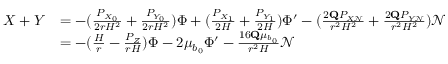
\begin{array} { r l } { X + Y } & { = - ( \frac { P _ { X _ { 0 } } } { 2 r H ^ { 2 } } + \frac { P _ { Y _ { 0 } } } { 2 r H ^ { 2 } } ) \Phi + ( \frac { P _ { X _ { 1 } } } { 2 H } + \frac { P _ { Y _ { 1 } } } { 2 H } ) \Phi ^ { \prime } - ( \frac { 2 \mathbf { Q } P _ { X \mathcal { N } } } { r ^ { 2 } H ^ { 2 } } + \frac { 2 \mathbf { Q } P _ { Y \mathcal { N } } } { r ^ { 2 } H ^ { 2 } } ) \mathcal { N } } \\ & { = - ( \frac { H } { r } - \frac { P _ { Z } } { r H } ) \Phi - 2 \mu _ { b _ { 0 } } \Phi ^ { \prime } - \frac { 1 6 \mathbf { Q } \mu _ { b _ { 0 } } } { r ^ { 2 } H } \mathcal { N } } \end{array}